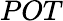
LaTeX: POT